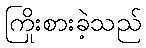
ကြိုးစားခဲ့သည်